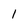
Character: 1